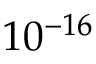
1 0 ^ { - 1 6 }